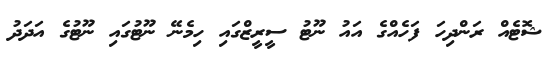
ޝޮޓެއް ރަންދިހަ ފަހެއްގެ އައު ނޫޓު ސީރީޒްގައި ހިމެނޭ ނޫޓުގައި ނޫޓުގެ އަދަދު